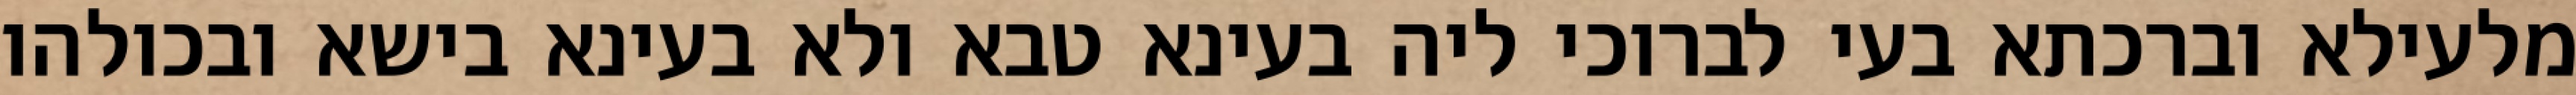
מלעילא וברכתא בעי לברוכי ליה בעינא טבא ולא בעינא בישא ובכולהו